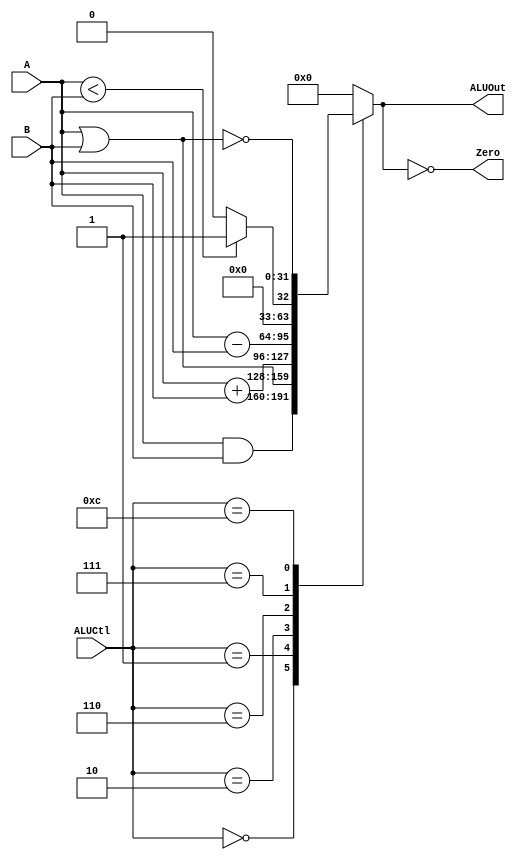
module MIPSALU(ALUCtl,A,B,ALUOut,Zero);
	input 		[3:0] ALUCtl;
	input 		[31:0] A,B;
	output 	 reg	[31:0] ALUOut;
	output		Zero;

	assign Zero = (ALUOut==0);	// Zero is true if ALUOut is 0
	always @(ALUCtl,A,B) begin	// reevaluate if these change
		case (ALUCtl)
			0: ALUOut <= A & B;
			1: ALUOut <= A | B;
			2: ALUOut <= A + B;
			6: ALUOut <= A - B;
			7: ALUOut <= A < B ? 1 : 0;
			12: ALUOut <= ~(A | B);
			default: ALUOut <= 0;
		endcase
	end
endmodule